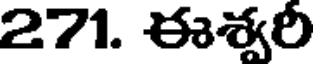
271. ఈశ్వరి